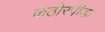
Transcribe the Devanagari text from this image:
कठोरपीडा